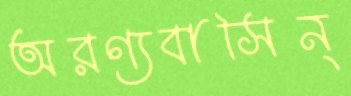
অরণ্যবাসিন্